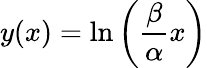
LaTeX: y(x)=\ln\left(\frac{\beta}{\alpha}x\right)